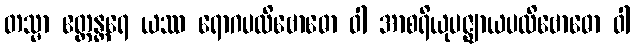
တသ္မာ ဧတ္ထန္တရေ ယဿ ရောဂပလိဗောဓော ဝါ အာစရိယုပဇ္ဈာယပလိဗောဓော ဝါ